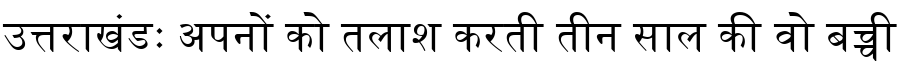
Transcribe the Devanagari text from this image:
उत्तराखंडः अपनों को तलाश करती तीन साल की वो बच्ची